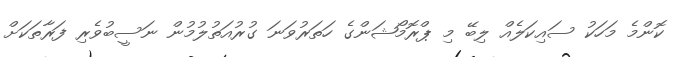
ކޮންމެ މަހަކު ސައިކަލެއް ލިބޭ މި ޕްރޮމޯޝަންގެ ހަތަރުވަނަ ގުރުއަތުލުމުން ނަސީބުވެރި ފަރާތަކަށް